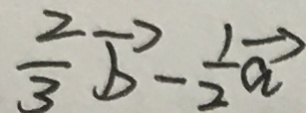
\frac { 2 } { 3 } \overrightarrow { b } - \frac { 1 } { 2 } \overrightarrow { a }